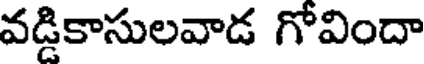
వడ్డికాసులవాడ గోవిందా